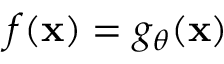
f ( \mathbf { x } ) = g _ { \theta } ( \mathbf { x } )